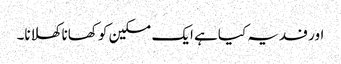
اور فدیہ کیاہے ایک مسکین کو کھانا کھلانا۔